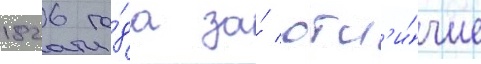
1826 го́да за́ отл'и́чие